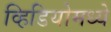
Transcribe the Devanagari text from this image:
व्हिडियोमध्ये